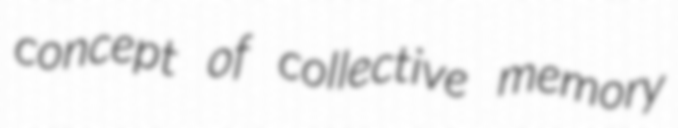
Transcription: concept of collective memory